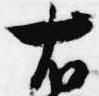
右